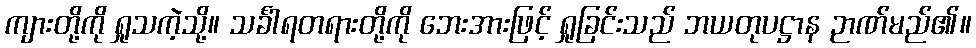
ကျားတို့ကို ရှုသကဲ့သို့။ သင်္ခါရတရားတို့ကို ဘေးအားဖြင့် ရှုခြင်းသည် ဘယတုပဋ္ဌာန ဉာဏ်မည်၏။